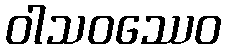
ဝါသဝဿေဝ